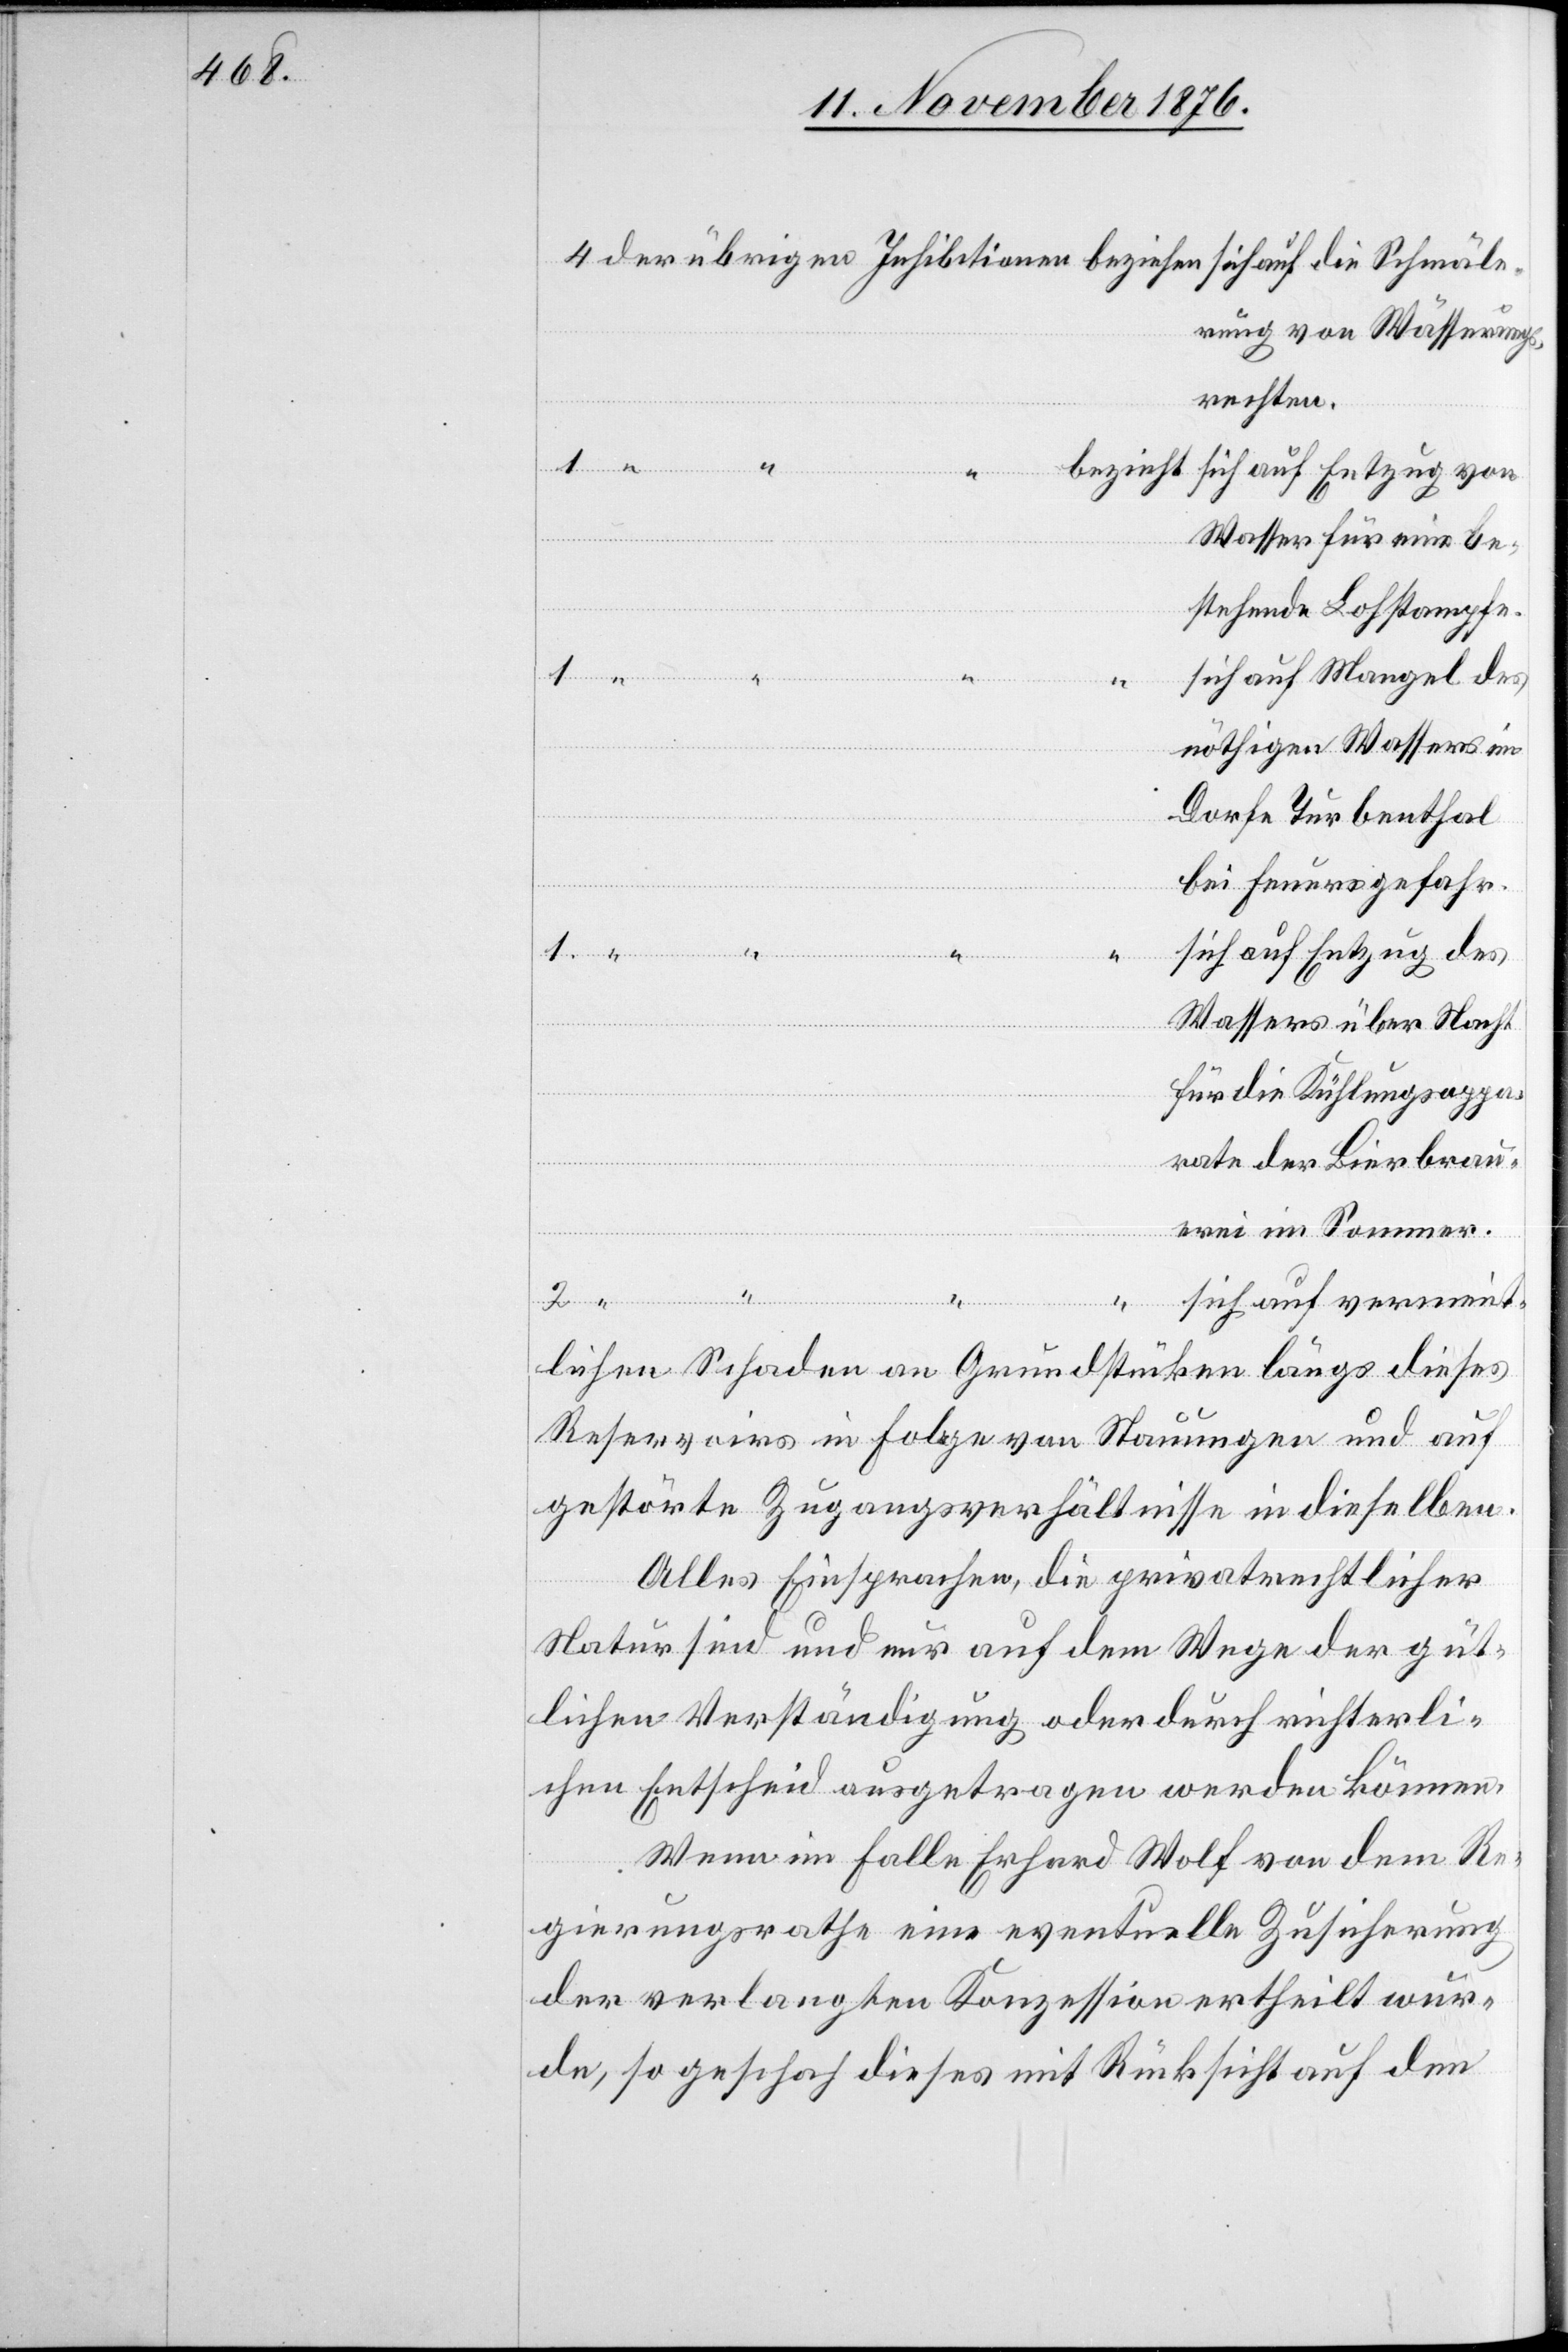
rung von Wässerungs¬
rechten.
Wasser für eine be¬
stehende Lohstampfe.
sich auf Mangel des
nöthigen Wassers im
Dorfe Turbenthal
bei Feuersgefahr.
Schmäle¬
sich auf Entzug des
Wassers über Nacht
für die Kühlungsappa¬
rate der Bierbrau¬
erei im Sommer.
sich auf vermeint¬
1
lichen Schaden an Grundstücken längs dieses
Reservoirs in Folge von Stauungen und auf
gestörte Zugangsverhältnisse in dieselben.
Alles Einsprachen, die privatrechtlicher
Natur sind und nur auf dem Wege der güt¬
lichen Verständigung oder durch richterli¬
chen Entscheid ausgetragen werden können.
Wenn im Falle Erhard Wolf von dem Re¬
gierungsrathe eine eventuelle Zusicherung
der verlangten Konzession ertheilt wur¬
de, so geschah dieses mit Rücksicht auf den